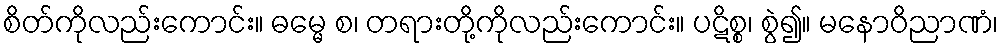
စိတ်ကိုလည်းကောင်း။ ဓမ္မေ စ၊ တရားတို့ကိုလည်းကောင်း။ ပဋိစ္စ၊ စွဲ၍။ မနောဝိညာဏံ၊